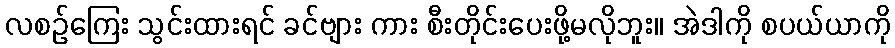
လစဉ်ကြေး သွင်းထားရင် ခင်ဗျား ကား စီးတိုင်းပေးဖို့မလိုဘူး။ အဲဒါကို စပယ်ယာကို